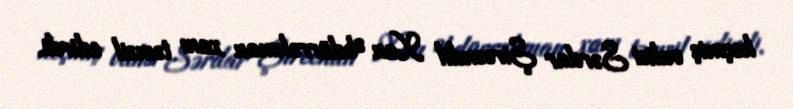
keçmiş valisi Sərdar Şireendil Xan Əbdürrəhman xanı təmsil edirdi.